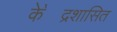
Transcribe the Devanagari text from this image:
के॓द्रशासित